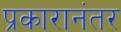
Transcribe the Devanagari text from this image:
प्रकारानंतर